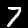
Label: 7